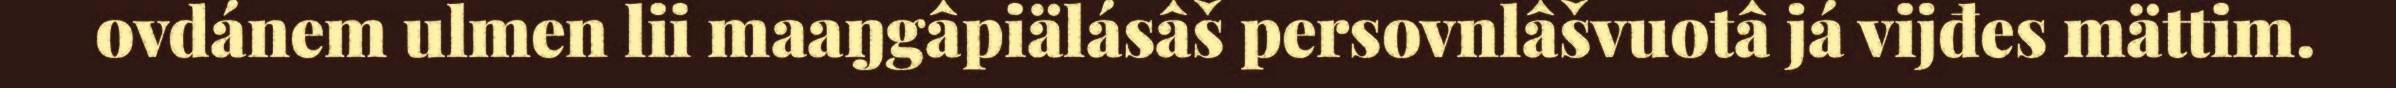
ovdánem ulmen lii maaŋgâpiälásâš persovnlâšvuotâ já vijđes mättim.